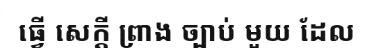
ធ្វើ សេក្តី ព្រាង ច្បាប់ មួយ ដែល